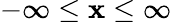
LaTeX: -\infty\leq\mathbf{x}\leq\infty